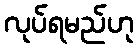
လုပ်ရမည်ဟု